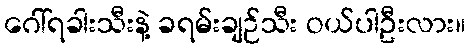
ဂေါ်ရခါးသီးနဲ့ ခရမ်းချဉ်သီး ဝယ်ပါဦးလား။